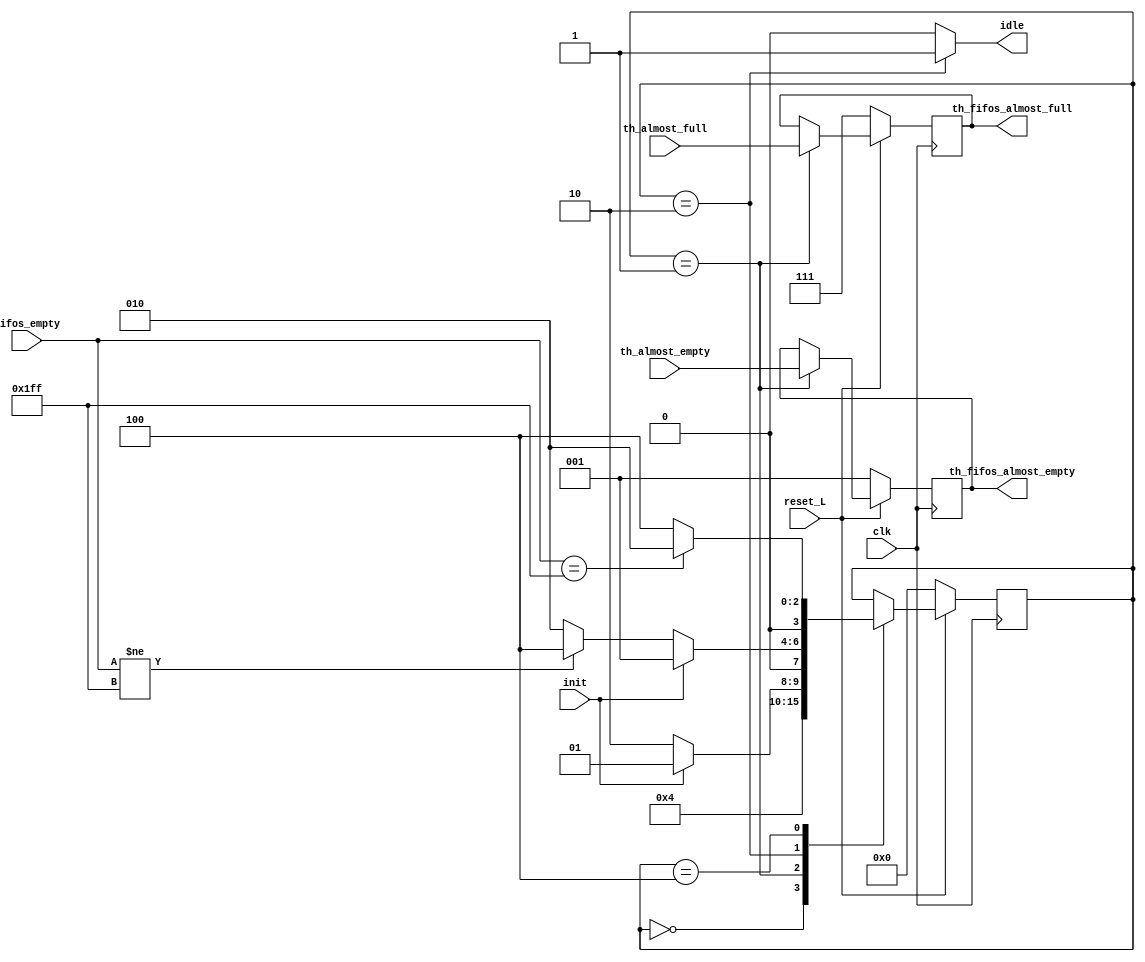
module fsm #(//Parametros
    parameter MAIN_QUEUE_SIZE = 3
)(//Entradas y salidas
    input                                clk, reset_L, init,
    input       [MAIN_QUEUE_SIZE-1:0]    th_almost_full, th_almost_empty,
    input       [8:0]                    fifos_empty,
    output reg  [MAIN_QUEUE_SIZE-1:0]    th_fifos_almost_full, th_fifos_almost_empty,
    output reg                           idle
);
    //Registros  internos
    reg [3:0] state , nxt_state;
    reg [MAIN_QUEUE_SIZE-1:0]  mem_th_fifos_almost_full, mem_th_fifos_almost_empty;

    //Codificacion de los estados one-hot
    parameter RESET = 0;
    parameter INIT = 1;
    parameter IDLE = 2;
    parameter ACTIVE = 4;

    always @(posedge clk) begin
        if (!reset_L) begin 
            state <= RESET;
            th_fifos_almost_empty <= 1;
            th_fifos_almost_full <= 7;
        end
        else begin
            state <= nxt_state;
            if (state == INIT) begin
                th_fifos_almost_empty <= mem_th_fifos_almost_empty;
                th_fifos_almost_full <= mem_th_fifos_almost_full;
            end
        end
    end

    always @ (*) begin 
        idle = 0;
        nxt_state = state;
        mem_th_fifos_almost_empty = 0;
        mem_th_fifos_almost_full = 0;
        case (state)
            RESET: begin
                if (reset_L) begin
                    nxt_state = INIT;
                    
                end
            end
            INIT: begin
                mem_th_fifos_almost_full = th_almost_full;
                mem_th_fifos_almost_empty = th_almost_empty;
                if (!reset_L) begin
                    nxt_state = RESET;
                end
                else if (init) begin
                    nxt_state = INIT;
                end
                else begin
                    nxt_state = IDLE;
                end
            end
            IDLE: begin
                idle = 1;
                if (!reset_L) begin
                    nxt_state = RESET;
                end
                else if (init) begin
                    nxt_state = INIT;
                end
                else if (fifos_empty != 'h1FF) begin
                    nxt_state = ACTIVE;
                end
                else begin
                    nxt_state = IDLE;
                end
            end
            ACTIVE: begin
                if (!reset_L) begin
                    nxt_state = RESET;
                end
                else if (fifos_empty == 'h1FF) begin
                    nxt_state = IDLE;
                end
                else begin
                    nxt_state = ACTIVE;
                end
            end
        endcase
    end

endmodule